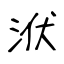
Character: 洑